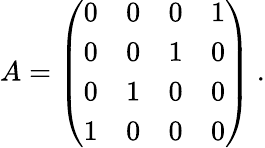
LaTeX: A=\left(\begin{array}{llll}{{0}}&{{0}}&{{0}}&{{1}}\\ {{0}}&{{0}}&{{1}}&{{0}}\\ {{0}}&{{1}}&{{0}}&{{0}}\\ {{1}}&{{0}}&{{0}}&{{0}}\end{array}\right)\ .